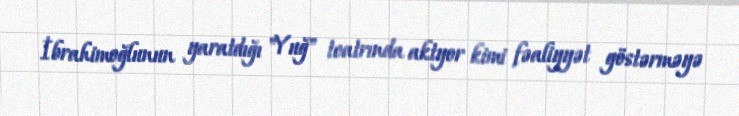
İbrahimoğlunun yaratdığı "Yuğ" teatrında aktyor kimi fəaliyyət göstərməyə